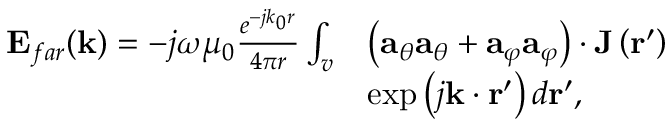
\begin{array} { r l } { \mathbf { E } _ { f a r } ( \mathbf { k } ) = - j \omega \mu _ { 0 } \frac { e ^ { - j k _ { 0 } r } } { 4 \pi r } \int _ { v } } & { \left( \mathbf { a } _ { \theta } \mathbf { a } _ { \theta } + \mathbf { a } _ { \varphi } \mathbf { a } _ { \varphi } \right) \cdot \mathbf { J } \left( \mathbf { r } ^ { \prime } \right) } \\ & { \exp \left( j \mathbf { k } \cdot \mathbf { r } ^ { \prime } \right) d \mathbf { r } ^ { \prime } , } \end{array}